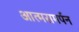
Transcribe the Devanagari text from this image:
आत्मसमर्पन